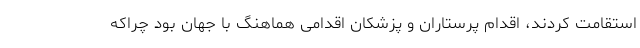
استقامت کردند، اقدام پرستاران و پزشکان اقدامی هماهنگ با جهان بود چراکه